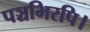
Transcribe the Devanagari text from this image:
पञ्चभिरपि।